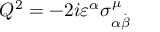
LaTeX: Q ^ { 2 } = - 2 i \varepsilon ^ { \alpha } \sigma _ { \alpha \stackrel { . } { \beta } } ^ { \mu } \,